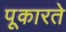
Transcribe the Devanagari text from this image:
पूकारते